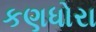
કણધોરા